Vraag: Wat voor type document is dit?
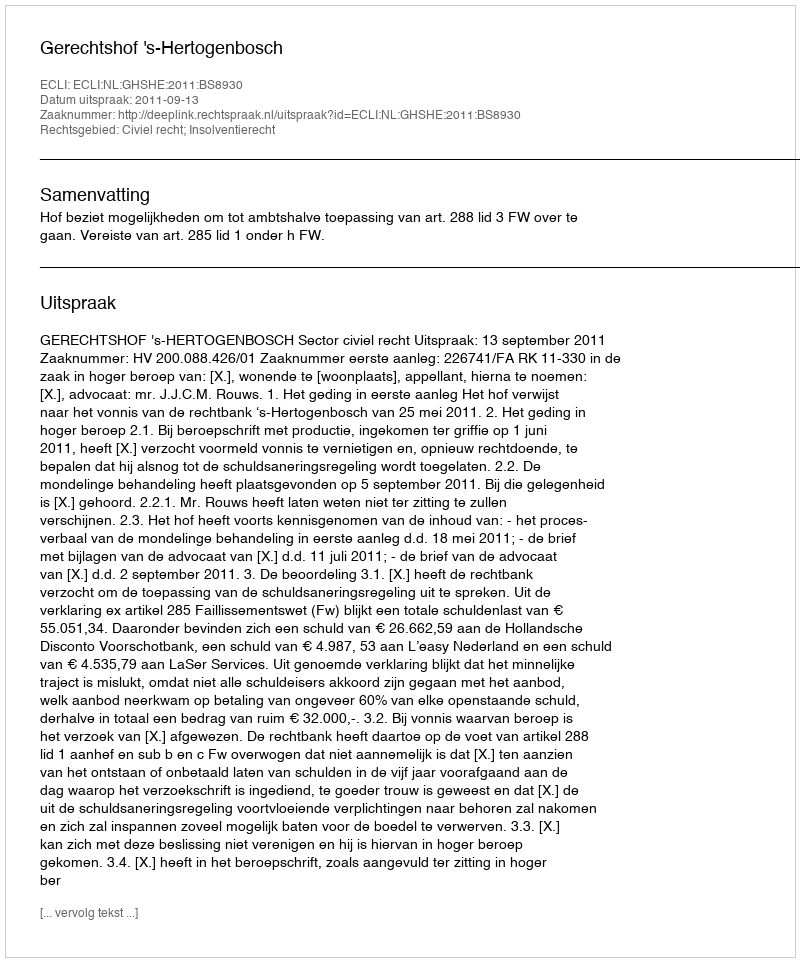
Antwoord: Uitspraak